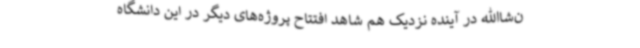
ن‌شا‌الله در آینده نزدیک هم شاهد افتتاح پروژه‌های دیگر در این دانشگاه